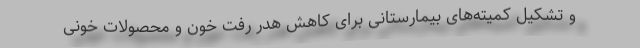
و تشکیل کمیته‌های بیمارستانی برای کاهش هدر رفت خون و محصولات خونی